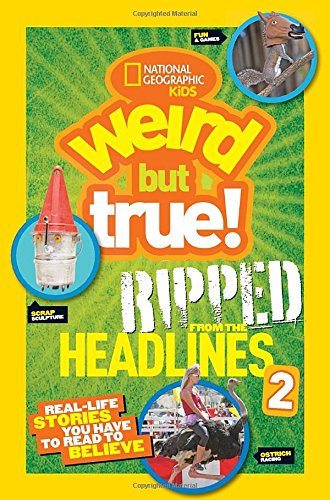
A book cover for National Geographic Kids Weird but True!: Ripped from the Headlines 2: Real-life Stories You Have to Read to Believe; National Geographic Kids; Children's Books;